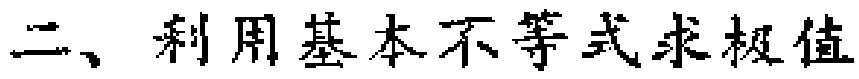
二、利用基本不等式求极值